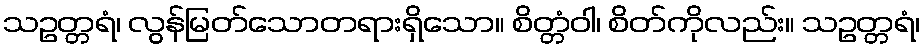
သဥတ္တရံ၊ လွန်မြတ်သောတရားရှိသော။ စိတ္တံဝါ၊ စိတ်ကိုလည်း။ သဥတ္တရံ၊